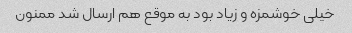
خیلى خوشمزه و زیاد بود به موقع هم ارسال شد ممنون